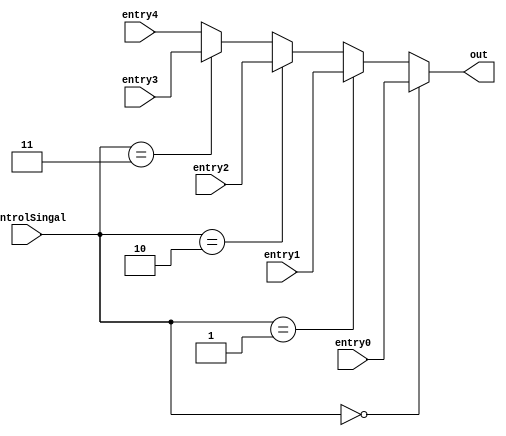

module muxalusrcB(input wire [31:0] entry0, entry1, entry2, entry3, entry4, input wire [2:0] controlSingal, output wire [31:0] out);

    assign out = (controlSingal == 3'b000) ? entry0 :
                 (controlSingal == 3'b001) ? entry1 :
                 (controlSingal == 3'b010) ? entry2 :
                 (controlSingal == 3'b011) ? entry3 :
                 entry4;
                 
endmodule